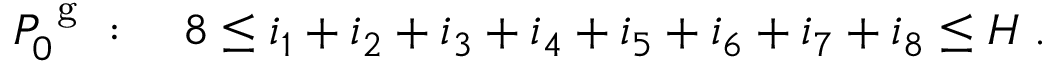
\begin{array} { r } { P _ { 0 } ^ { \mathrm { ~ g ~ } } : \quad 8 \le i _ { 1 } + i _ { 2 } + i _ { 3 } + i _ { 4 } + i _ { 5 } + i _ { 6 } + i _ { 7 } + i _ { 8 } \le H \; . } \end{array}